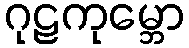
ဂုဠကုမ္ဘော